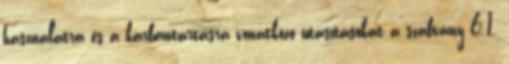
használatra és a karbantartásra vonatkozó utasításokat a szabvány 6.1.